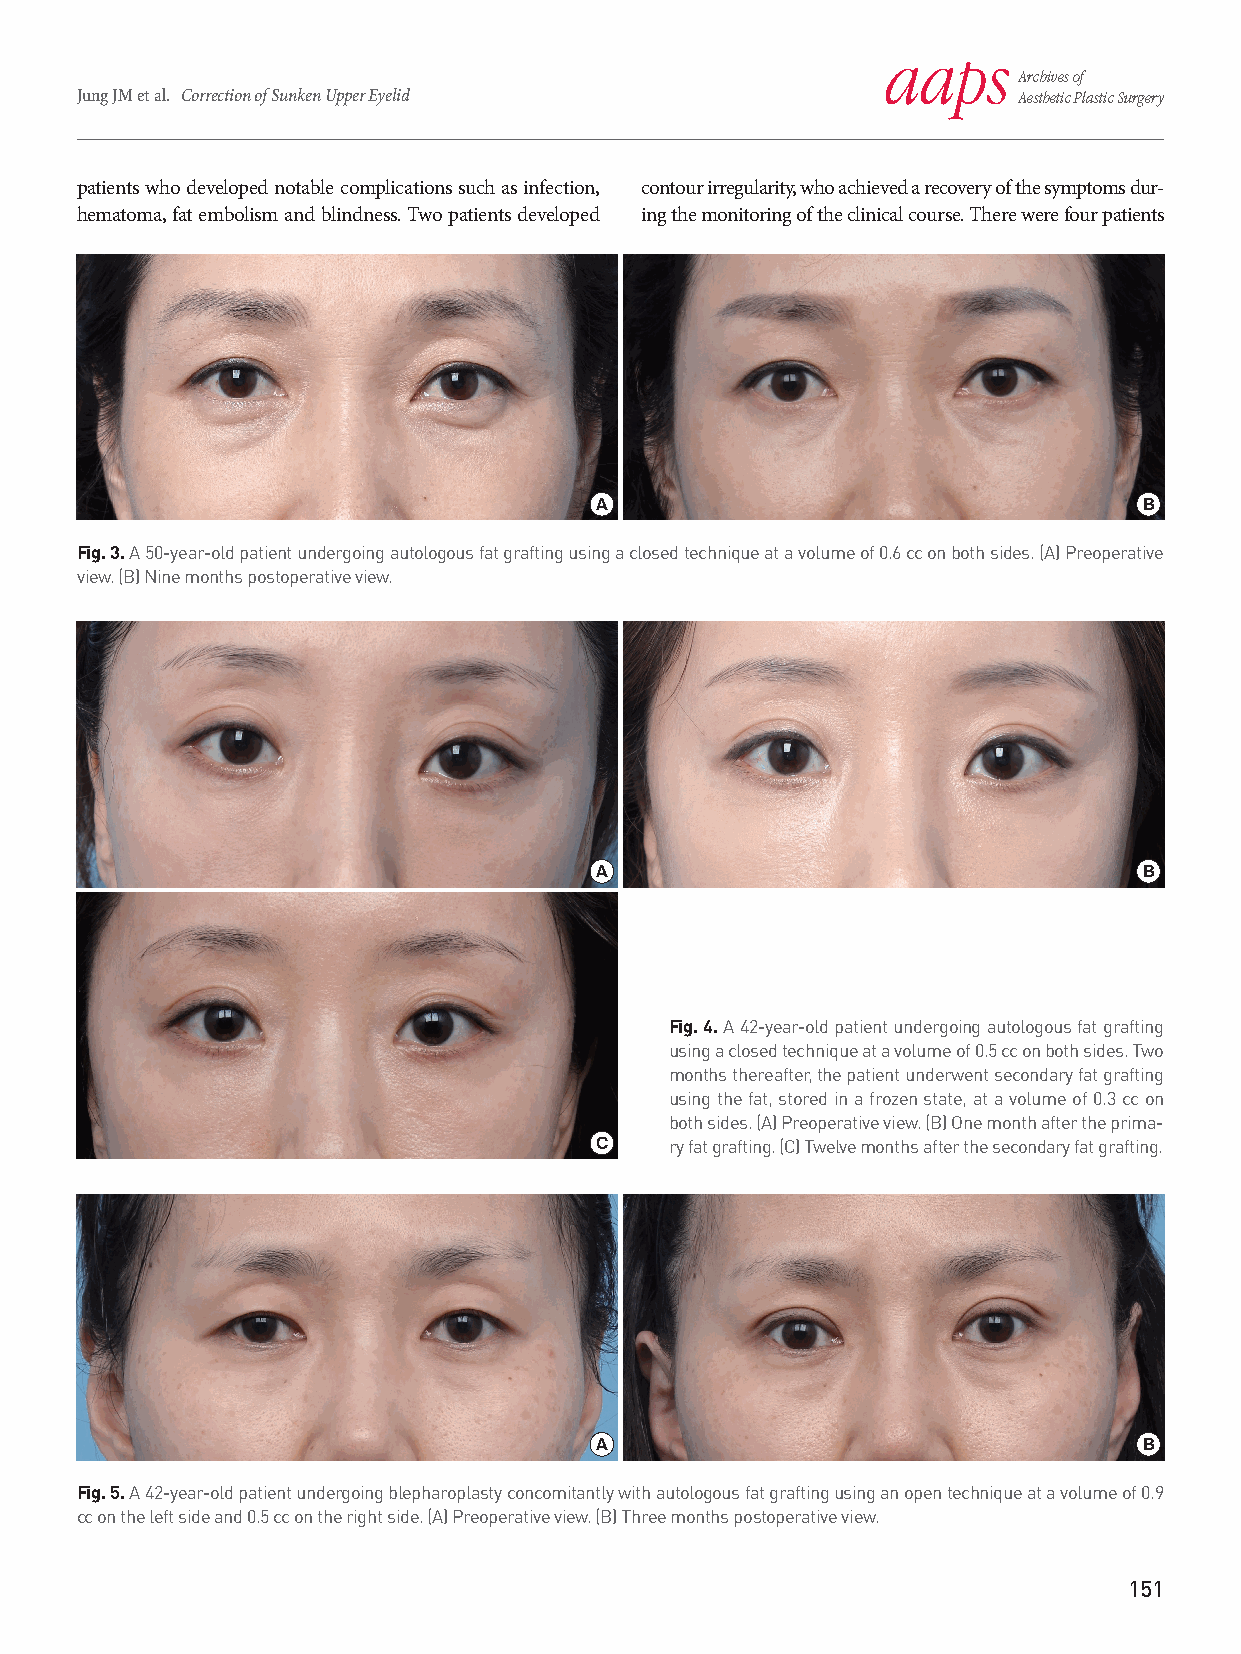
aaps
 Archives of
 Jung JM et al. Correction of Sunken Upper Eyelid              Aesthetic Plastic Surgery
 patients who developed notable complications such as infection, contour irregularity, who achieved a recovery of the symptoms dur-
 hematoma, fat embolism and blindness. Two patients developed ing the monitoring of the clinical course. There were four patients
 A                                    B
 Fig. 3. A 50-year-old patient undergoing autologous fat grafting using a closed technique at a volume of 0.6 cc on both sides. (A) Preoperative
 view. (B) Nine months postoperative view.
 A                                    B
 Fig. 4. A 42-year-old patient undergoing autologous fat grafting
 using a closed technique at a volume of 0.5 cc on both sides. Two
 months thereafter, the patient underwent secondary fat grafting
 using the fat, stored in a frozen state, at a volume of 0.3 cc on
 both sides. (A) Preoperative view. (B) One month after the prima-
 C    ry fat grafting. (C) Twelve months after the secondary fat grafting.
 A                                    B
 Fig. 5. A 42-year-old patient undergoing blepharoplasty concomitantly with autologous fat grafting using an open technique at a volume of 0.9
 cc on the left side and 0.5 cc on the right side. (A) Preoperative view. (B) Three months postoperative view.
 151